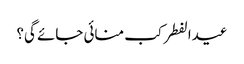
عیدالفطر کب منائی جائے گی؟